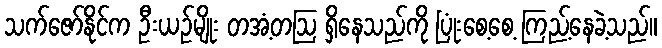
သက်ဇော်နိုင်က ဦးယဉ်မျိုး တအံ့တဩ ရှိနေသည်ကို ပြုံးစေ့စေ့ ကြည့်နေခဲ့သည်။